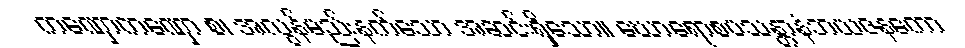
ကဏှောကဏှော စ၊ အလွန်မည်းနက်သော အဆင်းရှိသော။ ဃောရောစပသန္တာနံဘယဇနကော